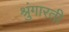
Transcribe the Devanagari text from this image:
श्रुंगारती